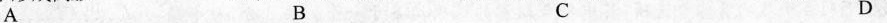
A B C D